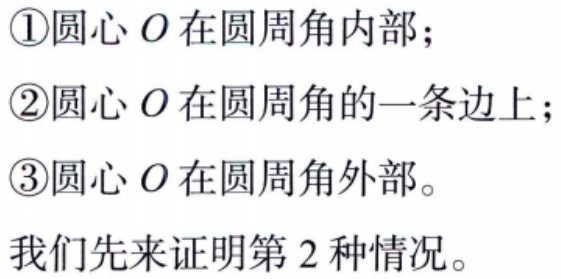
\textcircled{1}圆心\(O\)在圆周角内部；
\textcircled{2}圆心\(O\)在圆周角的一条边上；
\textcircled{3}圆心\(O\)在圆周角外部。
我们先来证明第\(2\)种情况。